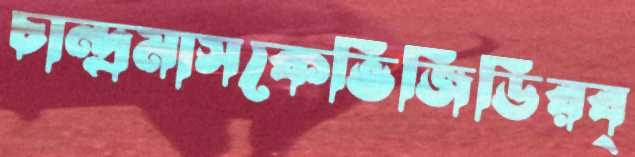
চান্দ্রমাসকেভিজিডিরব্